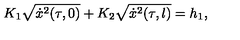
K _ { 1 } \sqrt { \dot { x } ^ { 2 } ( \tau , 0 ) } + K _ { 2 } \sqrt { \dot { x } ^ { 2 } ( \tau , l ) } = h _ { 1 } ,